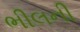
ભીલની